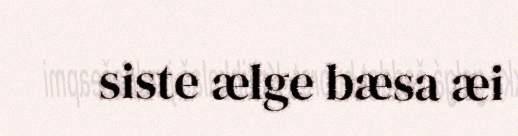
siste ælge bæsa æi